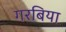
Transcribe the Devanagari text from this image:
गरबिया